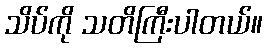
သိပ်ကို သတိကြီးပါတယ်။